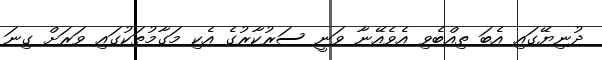
ދުނިޔޭގައި އެބަ ތިއްބެވި އެވެއޭނާ ވަނީ ސަރުކާރުގެ އެކި މަގާމުތަކުގައި ވަރަށް ގިނަ